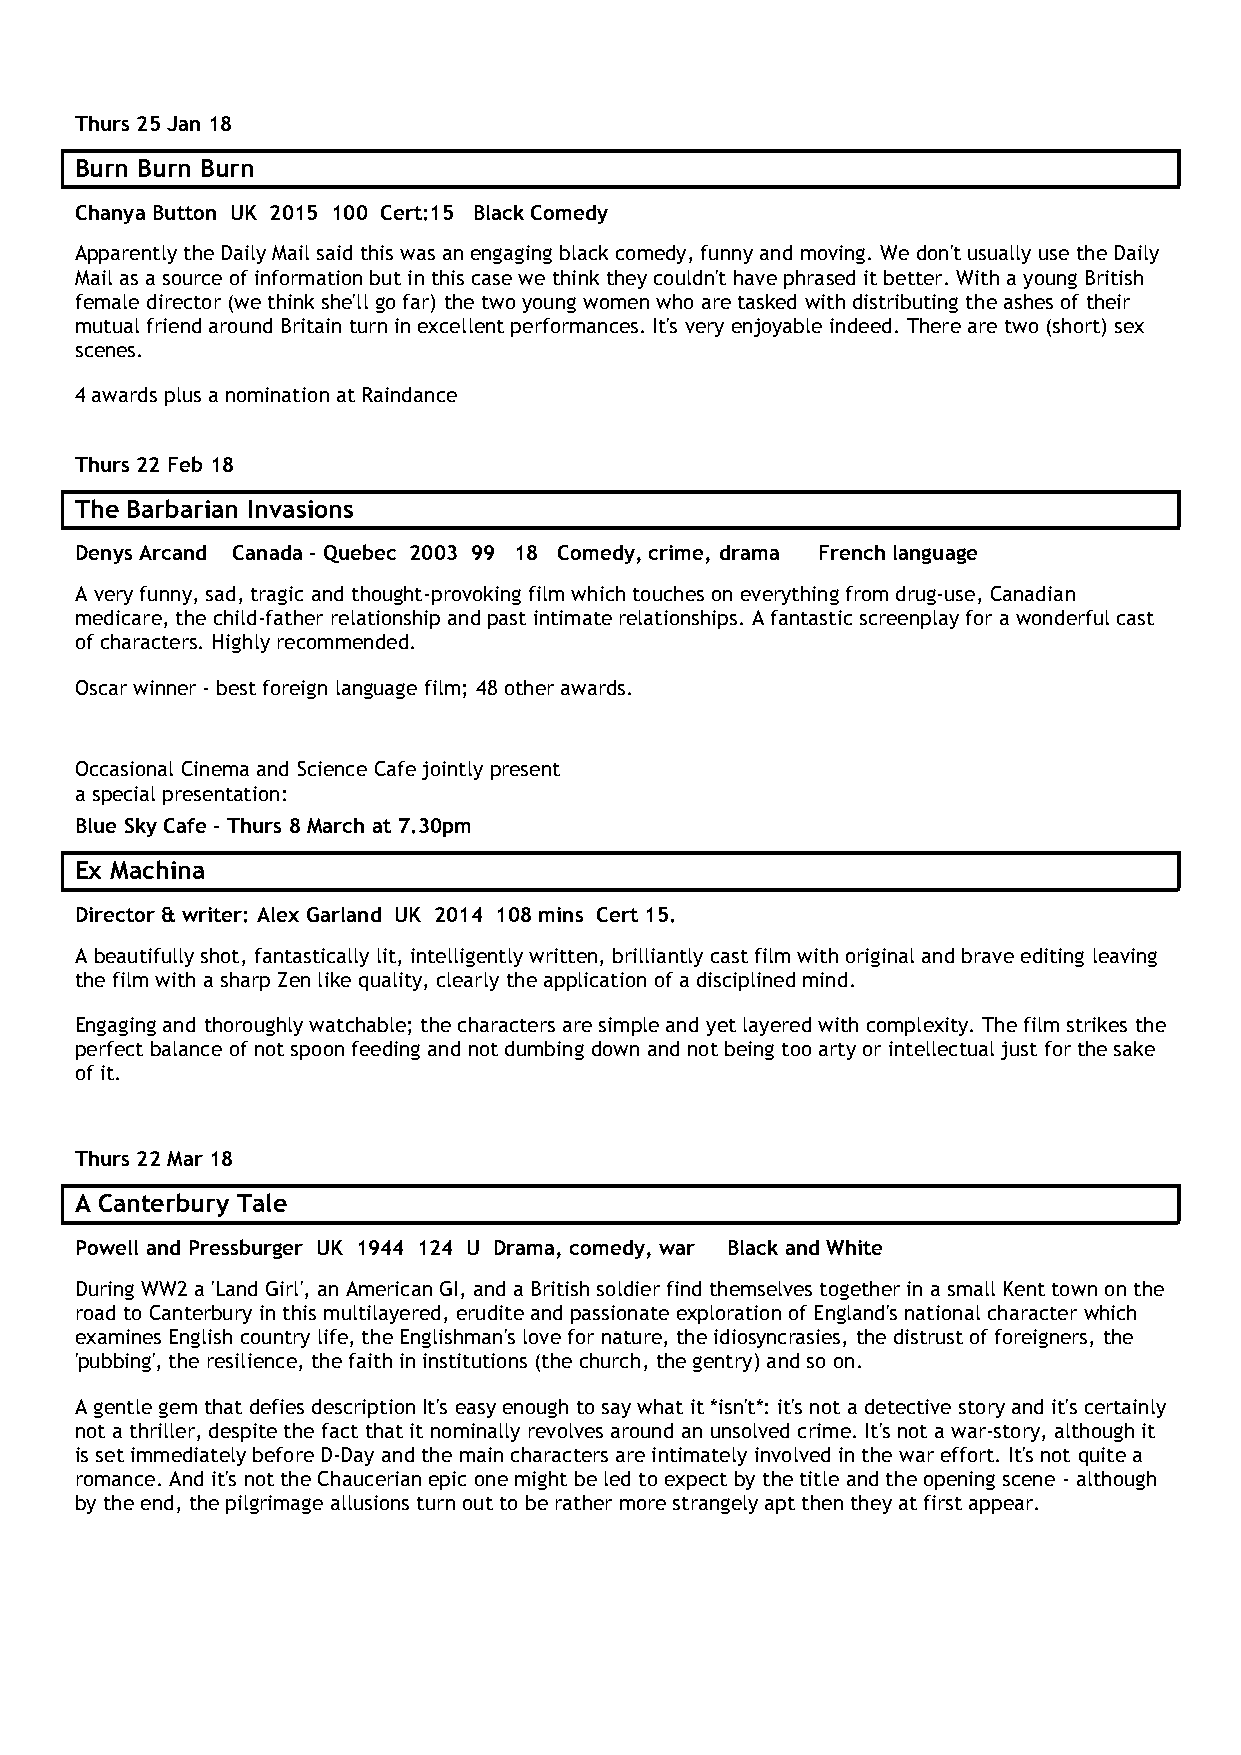
Thurs 25 Jan 18
 Burn Burn Burn
 Chanya Button UK 2015 100 Cert:15 Black Comedy
 Apparently the Daily Mail said this was an engaging black comedy, funny and moving. We don't usually use the Daily
 Mail as a source of information but in this case we think they couldn't have phrased it better. With a young British
 female director (we think she'll go far) the two young women who are tasked with distributing the ashes of their
 mutual friend around Britain turn in excellent performances. It's very enjoyable indeed. There are two (short) sex
 scenes.
 4 awards plus a nomination at Raindance
 Thurs 22 Feb 18
 The Barbarian Invasions
 Denys Arcand Canada - Quebec 2003 99 18 Comedy, crime, drama French language
 A very funny, sad, tragic and thought-provoking film which touches on everything from drug-use, Canadian
 medicare, the child-father relationship and past intimate relationships. A fantastic screenplay for a wonderful cast
 of characters. Highly recommended.
 Oscar winner - best foreign language film; 48 other awards.
 Occasional Cinema and Science Cafe jointly present
 a special presentation:
 Blue Sky Cafe - Thurs 8 March at 7.30pm
 Ex Machina
 Director & writer: Alex Garland UK 2014 108 mins Cert 15.
 A beautifully shot, fantastically lit, intelligently written, brilliantly cast film with original and brave editing leaving
 the film with a sharp Zen like quality, clearly the application of a disciplined mind.
 Engaging and thoroughly watchable; the characters are simple and yet layered with complexity. The film strikes the
 perfect balance of not spoon feeding and not dumbing down and not being too arty or intellectual just for the sake
 of it.
 Thurs 22 Mar 18
 A Canterbury Tale
 Powell and Pressburger UK 1944 124 U Drama, comedy, war Black and White
 During WW2 a 'Land Girl', an American GI, and a British soldier find themselves together in a small Kent town on the
 road to Canterbury in this multilayered, erudite and passionate exploration of England's national character which
 examines English country life, the Englishman's love for nature, the idiosyncrasies, the distrust of foreigners, the
 'pubbing', the resilience, the faith in institutions (the church, the gentry) and so on.
 A gentle gem that defies description It's easy enough to say what it *isn't*: it's not a detective story and it's certainly
 not a thriller, despite the fact that it nominally revolves around an unsolved crime. It's not a war-story, although it
 is set immediately before D-Day and the main characters are intimately involved in the war effort. It's not quite a
 romance. And it's not the Chaucerian epic one might be led to expect by the title and the opening scene - although
 by the end, the pilgrimage allusions turn out to be rather more strangely apt then they at first appear.